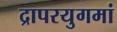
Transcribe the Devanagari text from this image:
द्रापरयुगमां